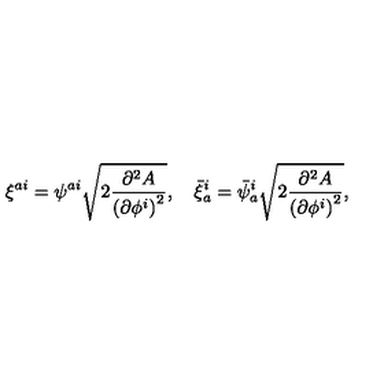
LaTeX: \xi ^ { a i } = \psi ^ { a i } \sqrt { 2 \frac { \partial ^ { 2 } A } { { ( \partial \phi ^ { i } ) } ^ { 2 } } } , \quad \bar { \xi } _ { a } ^ { i } = \bar { \psi } _ { a } ^ { i } \sqrt { 2 \frac { \partial ^ { 2 } A } { { ( \partial \phi ^ { i } ) } ^ { 2 } } } ,